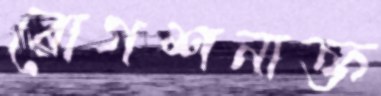
রোগশনাক্ত